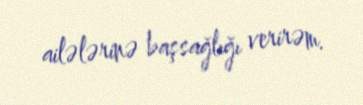
ailələrinə başsağlığı verirəm.